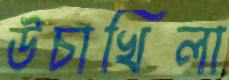
উচাখিলা